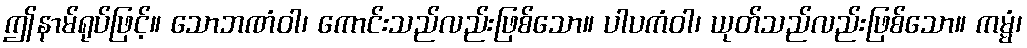
ဤနာမ်ရုပ်ဖြင့်။ သောဘဏံဝါ၊ ကောင်းသည်လည်းဖြစ်သော။ ပါပကံဝါ၊ ယုတ်သည်လည်းဖြစ်သော။ ကမ္မံ၊